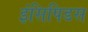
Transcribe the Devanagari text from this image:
इंसिपिडस